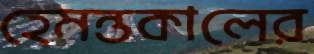
হেমন্তকালের